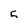
Character: 5